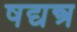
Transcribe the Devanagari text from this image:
षद्यन्त्र